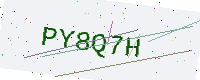
Text: PY8Q7H